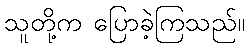
သူတို့က ပြောခဲ့ကြသည်။